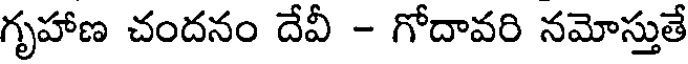
గృహాణ చందనం దేవీ - గోదావరి నమోస్తుతే